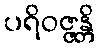
ပရိဝဇ္ဇန္တိ